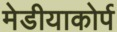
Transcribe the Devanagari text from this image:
मेडीयाकोर्प